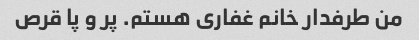
من طرفدار خانم غفاری هستم. پر و پا قرص